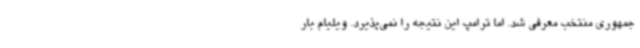
جمهوری منتخب معرفی شد. اما ترامپ این نتیجه را نمی‌پذیرد. ویلیام بار